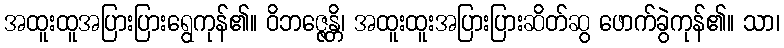
အထူးထူအပြားပြားရွေကုန်၏။ ဝိဘဇ္ဇေန္တိ၊ အထူးထူးအပြားပြားဆိတ်ဆွ ဖောက်ခွဲကုန်၏။ သာ၊